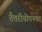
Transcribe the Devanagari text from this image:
तैत्तरीयोपनषद